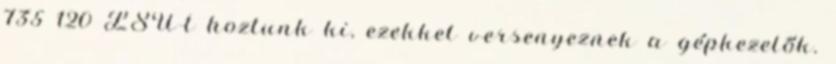
735 120 LSU-t hoztunk ki, ezekkel versenyeznek a gépkezelők.